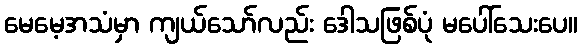
မေမေ့အသံမှာ ကျယ်သော်လည်း ဒေါသဖြစ်ပုံ မပေါ်သေးပေ။